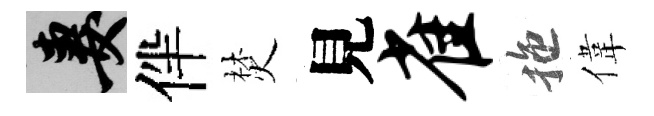
妻伴焚見雀拖偉